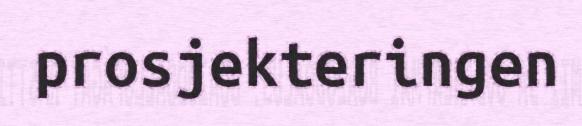
prosjekteringen